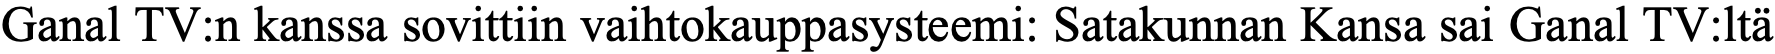
Ganal TV:n kanssa sovittiin vaihtokauppasysteemi: Satakunnan Kansa sai Ganal TV:ltä